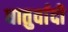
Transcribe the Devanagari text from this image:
धातुर्वादी